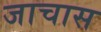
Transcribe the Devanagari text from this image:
जाचास